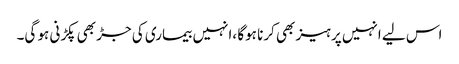
اس لیے انہیں پرہیز بھی کرنا ہوگا ،انہیں بیماری کی جڑ بھی پکڑنی ہو گی۔